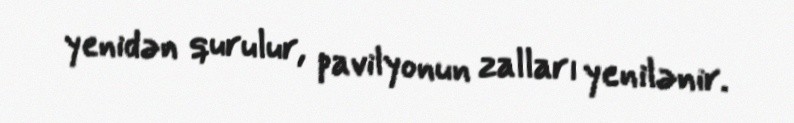
yenidən qurulur, pavilyonun zalları yenilənir.